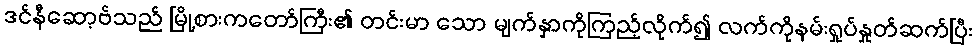
ဒင်နီဆော့ဗ်သည် မြို့စားကတော်ကြီး၏ တင်းမာ သော မျက်နှာကိုကြည့်လိုက်၍ လက်ကိုနမ်းရှုပ်နှုတ်ဆက်ပြီး